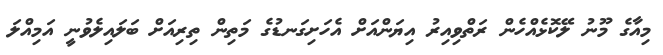
މިއާގެ މޫނު ލޭކޮޅެއްހެން ރަތްވިއިރު އިޔަންއަށް އެހަށިގަނޑުގެ މަތިން ތިރިއަށް ބަލައިލެވުނީ އަމިއްލަ